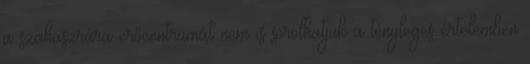
a szahaszrára erőcentrumát nem is sorolhatjuk a tényleges értelemben